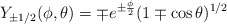
\begin{align*}Y_{\pm 1/2}(\phi,\theta)=\mp e^{\pm\frac{\phi}{2}}(1\mp \cos\theta)^{1/2}\end{align*}